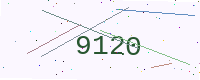
Text: 9120